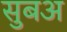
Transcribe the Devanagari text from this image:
सुबअ